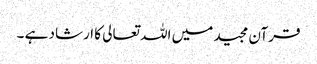
قرآن مجید میں اللہ تعالی کا ارشاد ہے ۔